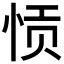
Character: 𫺌